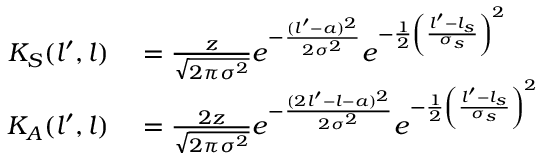
\begin{array} { r l } { K _ { S } ( l ^ { \prime } , l ) } & { { } = \frac { z } { \sqrt { 2 \pi \sigma ^ { 2 } } } e ^ { - \frac { ( l ^ { \prime } - a ) ^ { 2 } } { 2 \sigma ^ { 2 } } } e ^ { - \frac { 1 } { 2 } \left( \frac { l ^ { \prime } - l _ { s } } { \sigma _ { s } } \right) ^ { 2 } } } \\ { K _ { A } ( l ^ { \prime } , l ) } & { { } = \frac { 2 z } { \sqrt { 2 \pi \sigma ^ { 2 } } } e ^ { - \frac { ( 2 l ^ { \prime } - l - a ) ^ { 2 } } { 2 \sigma ^ { 2 } } } e ^ { - \frac { 1 } { 2 } \left( \frac { l ^ { \prime } - l _ { s } } { \sigma _ { s } } \right) ^ { 2 } } } \end{array}